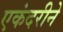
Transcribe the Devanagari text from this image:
एकंदरीने